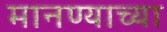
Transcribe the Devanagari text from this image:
मानण्याच्या